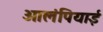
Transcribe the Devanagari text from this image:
ओलंपियाई